Lunatic asylums in Bengal annual reports 1888-1898 - 1888-1898
Year: 1888
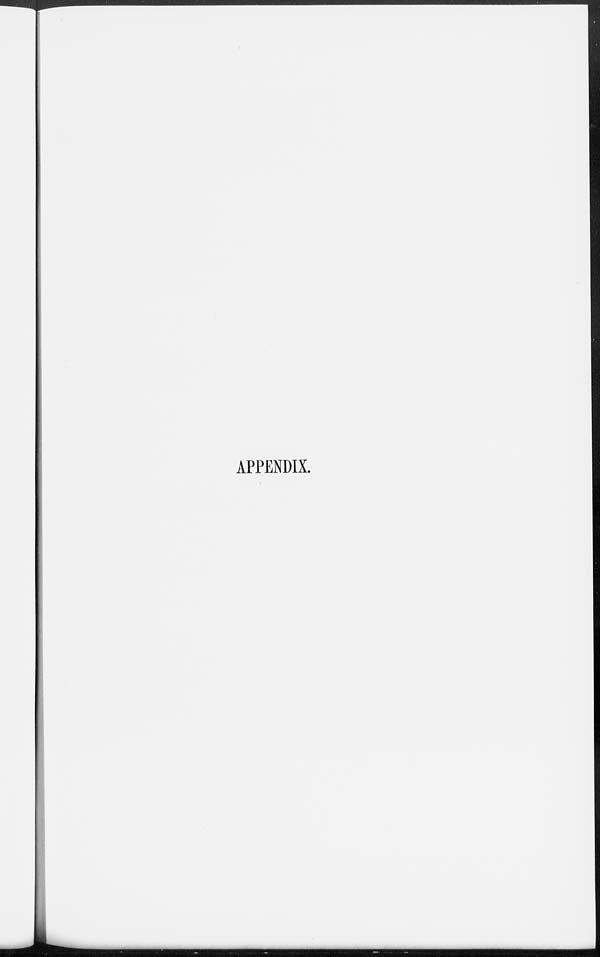
APPENDIX.